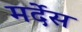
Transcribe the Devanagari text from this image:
मर्देस